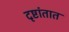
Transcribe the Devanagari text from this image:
दृष्टांतात